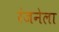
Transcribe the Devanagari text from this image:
रंजनेला